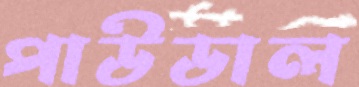
পাউডাল